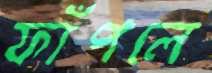
ফাঁপলে